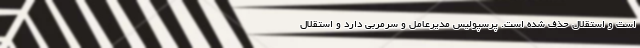
است و استقلال حذف شده است. پرسپولیس مدیرعامل و سرمربی دارد و استقلال